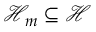
\mathcal { H } _ { m } \subseteq \mathcal { H }